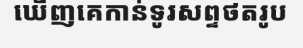
ឃើញគេកាន់ទូរសព្ទថតរូប